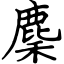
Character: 麇